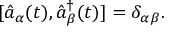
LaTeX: [ \hat { a } _ { \alpha } ( t ) , \hat { a } _ { \beta } ^ { \dagger } ( t ) ] = \delta _ { \alpha \beta } .